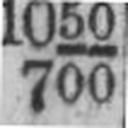
700